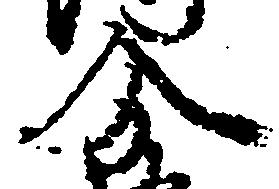
分